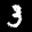
Label: 3